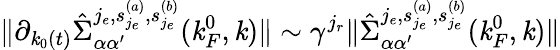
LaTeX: \Vert\partial_{\mathit{k}_{0}(t)}\hat{{\Sigma}}_{\alpha\alpha^{\prime}}^{j_{e},{s_{j_{e}}^{(a)},s_{j_{e}}^{(b)}}}(\mathit{k}_{F}^{0},{\mathbf{\mathit{k}}})\Vert\sim\gamma^{j_{r}}\Vert\hat{{\Sigma}}_{\alpha\alpha^{\prime}}^{j_{e},{s_{j_{e}}^{(a)},s_{j_{e}}^{(b)}}}(\mathit{k}_{F}^{0},{\mathbf{\mathit{k}}})\Vert